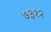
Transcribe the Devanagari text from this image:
७३१२